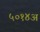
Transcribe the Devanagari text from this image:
५०१४अ